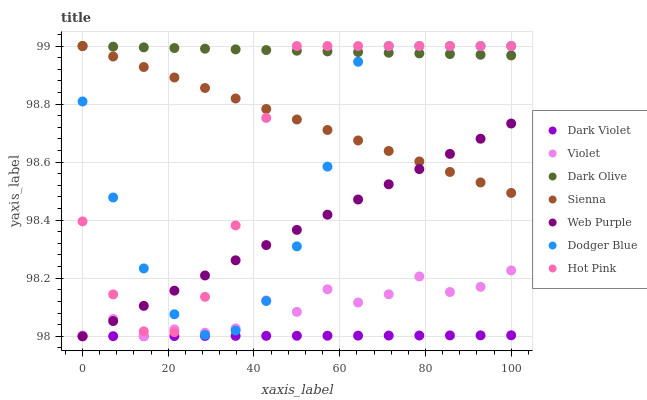
| xaxis_label | Dark Violet | Violet | Dark Olive | Sienna | Web Purple | Dodger Blue | Hot Pink |
 | --- | --- | --- | --- | --- | --- | --- | --- |
 | 0 | 98 | 98 | 99 | 99 | 98 | 98.8 | 98.4 |
 | 7.14 | 98 | 98.1 | 99 | 99 | 98.1 | 98.5 | 98.1 |
 | 14.3 | 98 | 98 | 99 | 98.9 | 98.1 | 98.2 | 98 |
 | 21.4 | 98 | 98 | 99 | 98.9 | 98.2 | 98.1 | 98 |
 | 28.6 | 98 | 98 | 99 | 98.9 | 98.2 | 98 | 98.1 |
 | 35.7 | 98 | 98 | 99 | 98.8 | 98.3 | 98 | 98.4 |
 | 42.9 | 98 | 98.1 | 99 | 98.8 | 98.3 | 98.1 | 98.8 |
 | 50 | 98 | 98.1 | 99 | 98.7 | 98.4 | 98.3 | 99 |
 | 57.1 | 98 | 98.2 | 99 | 98.7 | 98.4 | 98.6 | 99 |
 | 64.3 | 98 | 98.1 | 99 | 98.7 | 98.5 | 98.9 | 99 |
 | 71.4 | 98 | 98.1 | 99 | 98.6 | 98.5 | 99 | 99 |
 | 78.6 | 98 | 98.2 | 99 | 98.6 | 98.6 | 99 | 99 |
 | 85.7 | 98 | 98.2 | 99 | 98.6 | 98.6 | 99 | 99 |
 | 92.9 | 98 | 98.2 | 99 | 98.5 | 98.7 | 99 | 99 |
 | 100 | 98 | 98.2 | 99 | 98.5 | 98.7 | 99 | 99 |